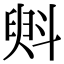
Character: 斞